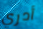
أدري